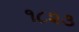
૧૮૨૩